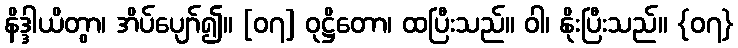
နိဒ္ဒါယိတွာ၊ အိပ်ပျော်၍။ [၀၇] ဝုဋ္ဌိတော၊ ထပြီးသည်။ ဝါ၊ နိုးပြီးသည်။ {၀၇}